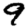
Digit: 9